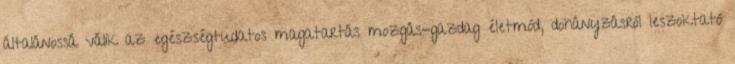
általánossá válik az egészségtudatos magatartás mozgás-gazdag életmód, dohányzásról leszoktató